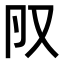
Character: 𠬨